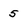
Character: 5